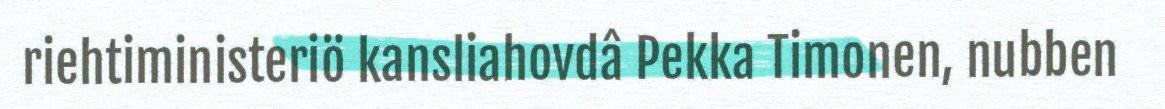
riehtiministeriö kansliahovdâ Pekka Timonen, nubben